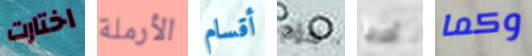
اختارت الأرملة أقسام شؤم أخرجا وكما